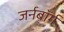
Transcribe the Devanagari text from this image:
जर्नबॉर्ग